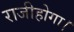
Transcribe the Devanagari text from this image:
राजीहोगा।